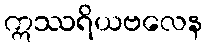
ဣဿရိယဗလေန